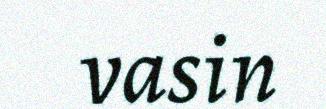
vasin